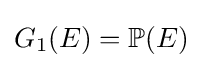
G_{1}(E)=\mathbb {P} (E)